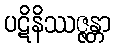
ပဋိနိဿဇ္ဇန္တာ